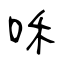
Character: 咊